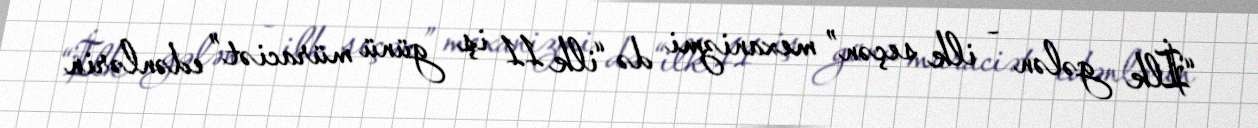
“İlk gələn - ilk seçən” mexanizmi də “ilk 11 iş günü müraciət” edənlərin